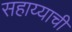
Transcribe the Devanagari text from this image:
सहाय्याची